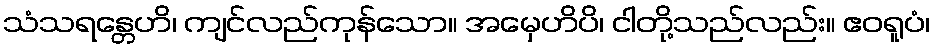
သံသရန္တေဟိ၊ ကျင်လည်ကုန်သော။ အမှေဟိပိ၊ ငါတို့သည်လည်း။ ဧဝရူပံ၊